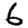
Digit: 6